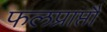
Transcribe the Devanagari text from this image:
फलप्राप्तौ